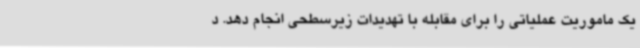
یک ماموریت عملیاتی را برای مقابله با تهدیدات زیرسطحی انجام دهد. د